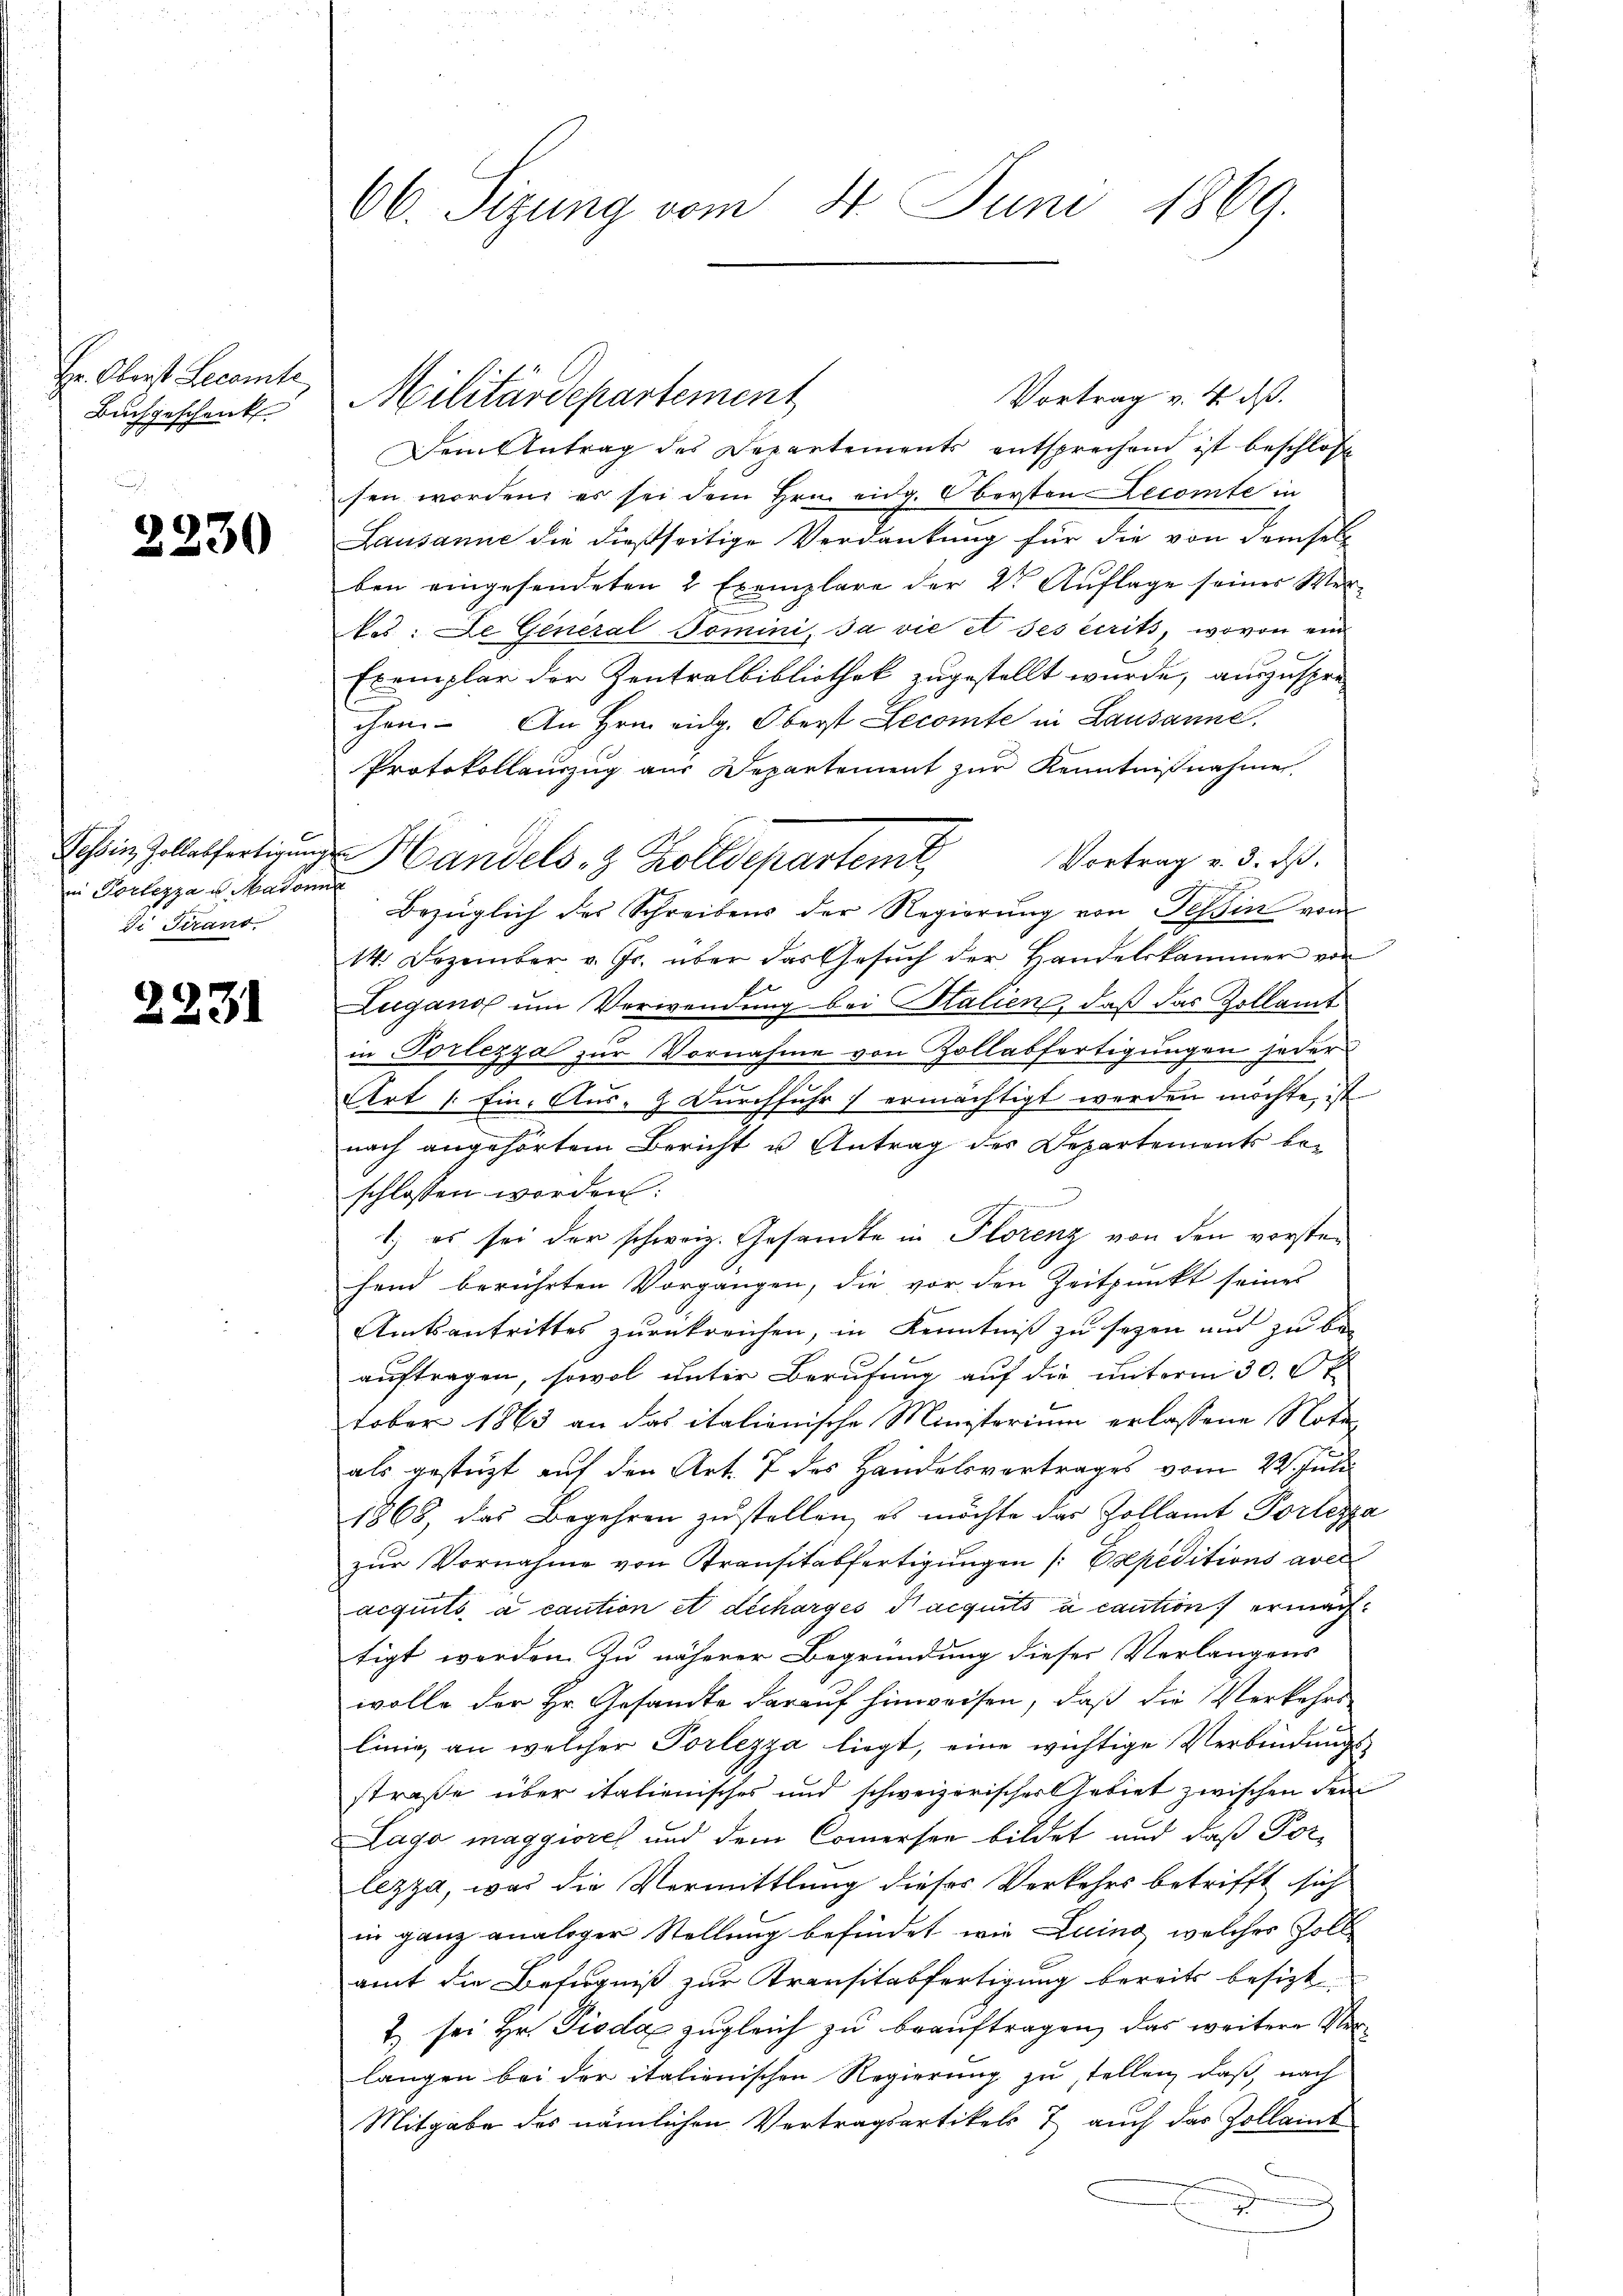
Hr. Oberst Lecamte,
Buchgeschenk

2230

Tessin, Zollabfertigung
in Portezza u. Madonn
de Firans

2231

06. Sizung vom 4. Juni 1869.

Vortrag v. 4. dß.
Dem Antrag des Departements entsprechend ist beschloß
sen worden, es sei dem Hrn. eidg. Oberten Lecomte in
Lausanne die dießseitige Verdankung für die von demsel
ben eingesendeten 2 Exemplare der 2t Auflage seines Wertes: De General Domini, Ja vie et ses écrits, wovon ein
Exemplar der Zentralbibliothek zugestellt wurde, auszusprechen. An Hrn. eidg. Oberst Lecomte in Lausanne,
Protokollauszug aus Departement zur Kenntnißnahme.
Vortrag v. 3. ds.
Handels- & Zolldepartent
fen wenn
Bezüglich des Schreibens der Regierŭng von Tessin von
14. Dezember v. Js. über das Gesŭch der Handelskammer von
Lugano um Verwendung bei Salien, daß das Zollamt
in Torlezza zur Vornahme von Zollabfertigungen jeder
Art /: Ein Aus- & Durchführ ermächtigt werden möchte, ist
nach angehörtem Bericht u Antrag des Departements beschlossen werden.
1.) es sei der schweiz. Gesamte in Plorenz von den vorsten
hend berührten Vorgangen, die vor den Zeitpunkt seines
Amtsantrittes zurückreichen, in Kenntniß zu seyen und zu beauftragen, sowol unter Berufung auf die unterm 30. Ok
tober 1863 an das italienische Ministerium erlassene Notaals gestüzt auf den Art. 7 des Handelsvertrages vom 22. Juli
1868, das Begehren zustellen, es möchte des Zollamt Portezza
zŭr Vornahme von Transitabfertigungen /: Expeditions aver
acquiti a caution et décharges Nacquits à caution ermachtigt werden. Zu näherer Begründung dieses Verlangens
wolle der Hr. Gesandte darauf hinweisen, daß die Verkehrslinie, an welcher Porlezza liegt, eine wichtige Verbindungsstraße über italienisches und schweizerischer Gebiet zwischen den
Laga maggiores und dem Commersee bildet und daß Porlezza, was die Vermittlung dieses Verkehrs betrifft sich
in ganz analoger Stellung befindet wie Luino, welches Zoll
amt die Befugniß zur Kransitabfertigung bereits besizt
t. sei Hr. Gioda zugleich zu beauftragen, das weitere Verlangen bei der italienischen Regierung zu stellen, daß, nach
Mitgabe des nämlichen Vertragsartikels & auch das Zollaint
E

Militärdepartement